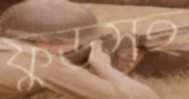
ফুডসহ